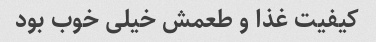
کیفیت غذا و طعمش خیلی خوب بود